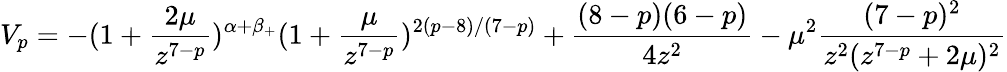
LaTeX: V_{p}=-(1+\frac{2\mu}{z^{7-p}})^{\alpha+\beta_{+}}(1+\frac{\mu}{z^{7-p}})^{2(p-8)/(7-p)}+\frac{(8-p)(6-p)}{4z^{2}}-\mu^{2}\frac{(7-p)^{2}}{z^{2}(z^{7-p}+2\mu)^{2}}